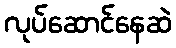
လုပ်ဆောင်နေဆဲ